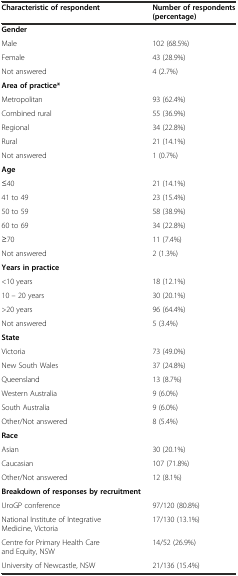
| Characteristic of respondent | Number of respondents (percentage) |
 | --- | --- |
 | Gender |  |
 | Male | 102 (68.5%) |
 | Female | 43 (28.9%) |
 | Not answered | 4 (2.7%) |
 | Area of practice* |  |
 | Metropolitan | 93 (62.4%) |
 | Combined rural | 55 (36.9%) |
 | Regional | 34 (22.8%) |
 | Rural | 21 (14.1%) |
 | Not answered | 1 (0.7%) |
 | Age |  |
 | ≤40 | 21 (14.1%) |
 | 41 to 49 | 23 (15.4%) |
 | 50 to 59 | 58 (38.9%) |
 | 60 to 69 | 34 (22.8%) |
 | ≥70 | 11 (7.4%) |
 | Not answered | 2 (1.3%) |
 | Years in practice |  |
 | <10 years | 18 (12.1%) |
 | 10 – 20 years | 30 (20.1%) |
 | >20 years | 96 (64.4%) |
 | Not answered | 5 (3.4%) |
 | State |  |
 | Victoria | 73 (49.0%) |
 | New South Wales | 37 (24.8%) |
 | Queensland | 13 (8.7%) |
 | Western Australia | 9 (6.0%) |
 | South Australia | 9 (6.0%) |
 | Other/Not answered | 8 (5.4%) |
 | Race |  |
 | Asian | 30 (20.1%) |
 | Caucasian | 107 (71.8%) |
 | Other/Not answered | 12 (8.1%) |
 | Breakdown of responses by recruitment |  |
 | UroGP conference | 97/120 (80.8%) |
 | National Institute of Integrative Medicine, Victoria | 17/130 (13.1%) |
 | Centre for Primary Health Care and Equity, NSW | 14/52 (26.9%) |
 | University of Newcastle, NSW | 21/136 (15.4%) |